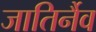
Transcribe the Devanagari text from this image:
जातिर्नैव